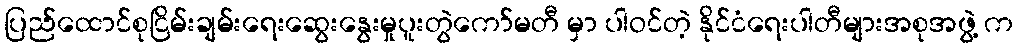
ပြည်ထောင်စုငြိမ်းချမ်းရေးဆွေးနွေးမှုပူးတွဲကော်မတီ မှာ ပါဝင်တဲ့ နိုင်ငံရေးပါတီများအစုအဖွဲ့ က